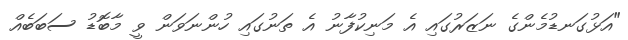
"އަޅުގަނޑުމެންގެ ނަޒަރުގައި އެ މަނިކުފާނު އެ ތަނުގައި ހުންނަވަން ވީ މާބޮޑު ސަބަބެއް